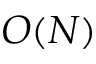
O ( N )